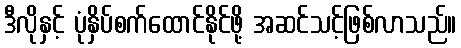
ဒီလိုနှင့် ပုံနှိပ်စက်ထောင်နိုင်ဖို့ အဆင်သင့်ဖြစ်လာသည်။